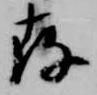
存